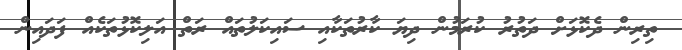
ތިރިން ދެކޮޅަށް ދަތުރު ކުރަމުން ދިޔަ ކާރުތަކާއި ސައިކަލުތައް ރަތް އަލިކޮޅުތަކެއް ފަދައިން